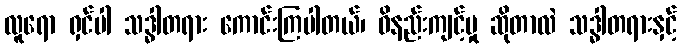
လူရော ရှင်ပါ သဒ္ဓါတရား ကောင်းကြပါတယ်၊ ဝိနည်းကျင့်မှု ဆိုတာလဲ သဒ္ဓါတရားနှင့်